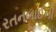
રતનબાઈની